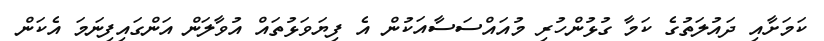
ކަމަށާއި ދައުލަތުގެ ކަމާ ގުޅުންހުރި މުއައްސަސާއަކުން އެ ފިޔަވަޅުތައް އުވާލަން އަންގައިފިނަމަ އެކަން